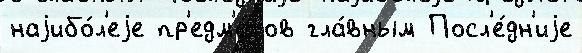
наjибо́л'еjе пр'едм'е́тов гла́вным Посл'е́дн'иjе